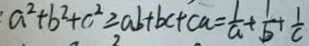
a ^ { 2 } + b ^ { 2 } + c ^ { 2 } \geq a b + b c + c a = \frac { 1 } { a } + \frac { 1 } { b } + \frac { 1 } { c }